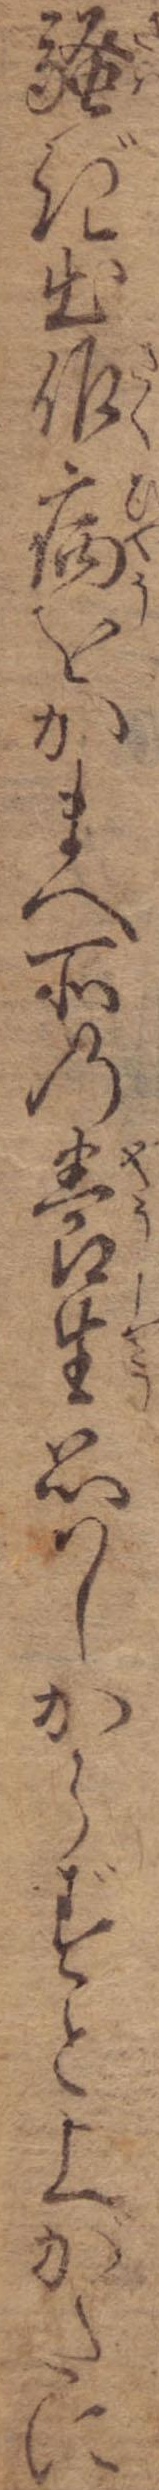
騒ぎ出作病をかまへ所の養生思はしからずと上がたに